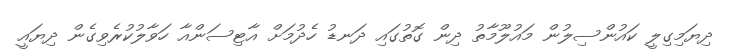
ދިޔަމިގިލީ ކައުންސިލުން މައުލޫމާތު ދިން ގޮތުގައި ދަނޑު ހެދުމަށް އާޓިސަންއާ ހަވާލުކުރެވިގެން ދިޔައީ